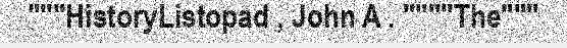
"""HistoryListopad , John A . """"The"""